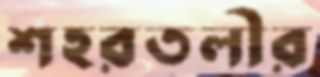
শহরতলীর